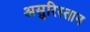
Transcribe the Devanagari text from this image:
असुरिस्तान